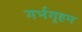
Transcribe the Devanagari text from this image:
गर्भगृहम